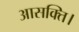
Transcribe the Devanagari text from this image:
आसक्ति।